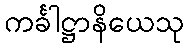
ကင်္ခါဋ္ဌာနိယေသု